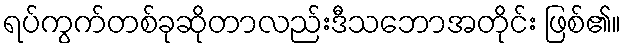
ရပ်ကွက်တစ်ခုဆိုတာလည်းဒီသဘောအတိုင်း ဖြစ်၏။